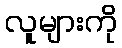
လူများကို